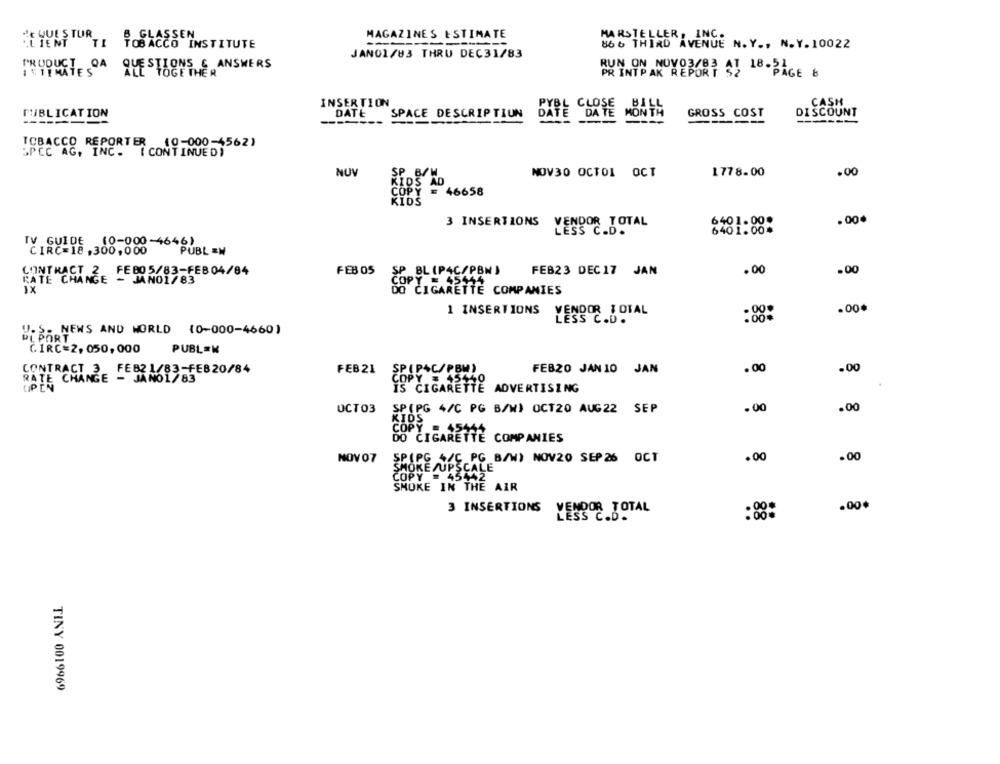
GLASSEN
MAGAZINES ESTIMATE
MARSTELLER, INC.
C QUESTURTE TOBACCO INSTITUTE
866 THIRD AVENUE N.Y ., N.Y.10022
JAN01/83 THRU DEC31/83
PRODUCTE DA QUESTIONS &
CEPHE ANSWERS
PR INTPAK REPORT
UN ON NOVO3/83 AT 18-PAGE 8
INSERTION
CASH
PUBLICATION
DATE
SPACE DESCRIPTION
GROSS_COST
DISCOUNT
-----
DATE DATE MONT
TOBACCO REPORTER (0-000-4562)
SPEC AG, INC .
( CONTINUE D )
NUV
SP B/W
NOV30 OCTOL OCT
1778.00
.00
KIDS AD
COPY E 46658
COPY
6401.00.
.00.
3 INSERTIONS
VENDOR TOTAL
6401.00*
TV GUIDE (0-000-4646)
CIRC=18.300,000
PUBL =W
CONTRACT 2 FEB05/83-FEB 04/84
FEB 05
BL (P4C/PBN )
FEB23 DEC 17 JAN
.00
.00
RATE CHANGE - MANO1/83
.454
50 CIGARETTE COMPANIES
.00*
1 INSERTIONS VENDOR BOT
:08:
U.S. NEWS AND WORLD (0-000-4660)
DE BORT
CIRC=2, 050, 000
PUBL=K
CONTRACT 3 FEB21/83-FEB20/84
FEB 21
SP (PAC/PBM)
FEB20 JAN 10 JAN
.00
.00
HOEE CHANGE - JANO1783
COPY = 45440
IS CIGARETTE
ADVERTISING
UCT03
SP (PG 4/C PG B/W) OCT20 AUG22 SEP
.00
.00
KIDS
COPY
DO CIGARETTE COMPANIES
NOV 07
SPIPG +/C PG B/W) NOV20 SEP 26 OCT
.00
.00
SMOKE /UPSCALE
COPY = 45442
SMOKE IN THE AIR
3 INSERTIONS
VENDOR TOT
.00+
:88:
TINY 0019969